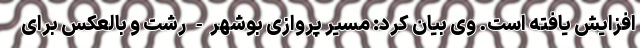
افزایش یافته است. وی بیان کرد: مسیر پروازی بوشهر- رشت و بالعکس برای